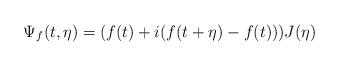
LaTeX: \begin{align*}\Psi_{f}(t,\eta) = (f(t)+i(f(t+\eta)-f(t)))J(\eta)\end{align*}